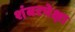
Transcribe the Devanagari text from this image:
शंबरपेक्षा